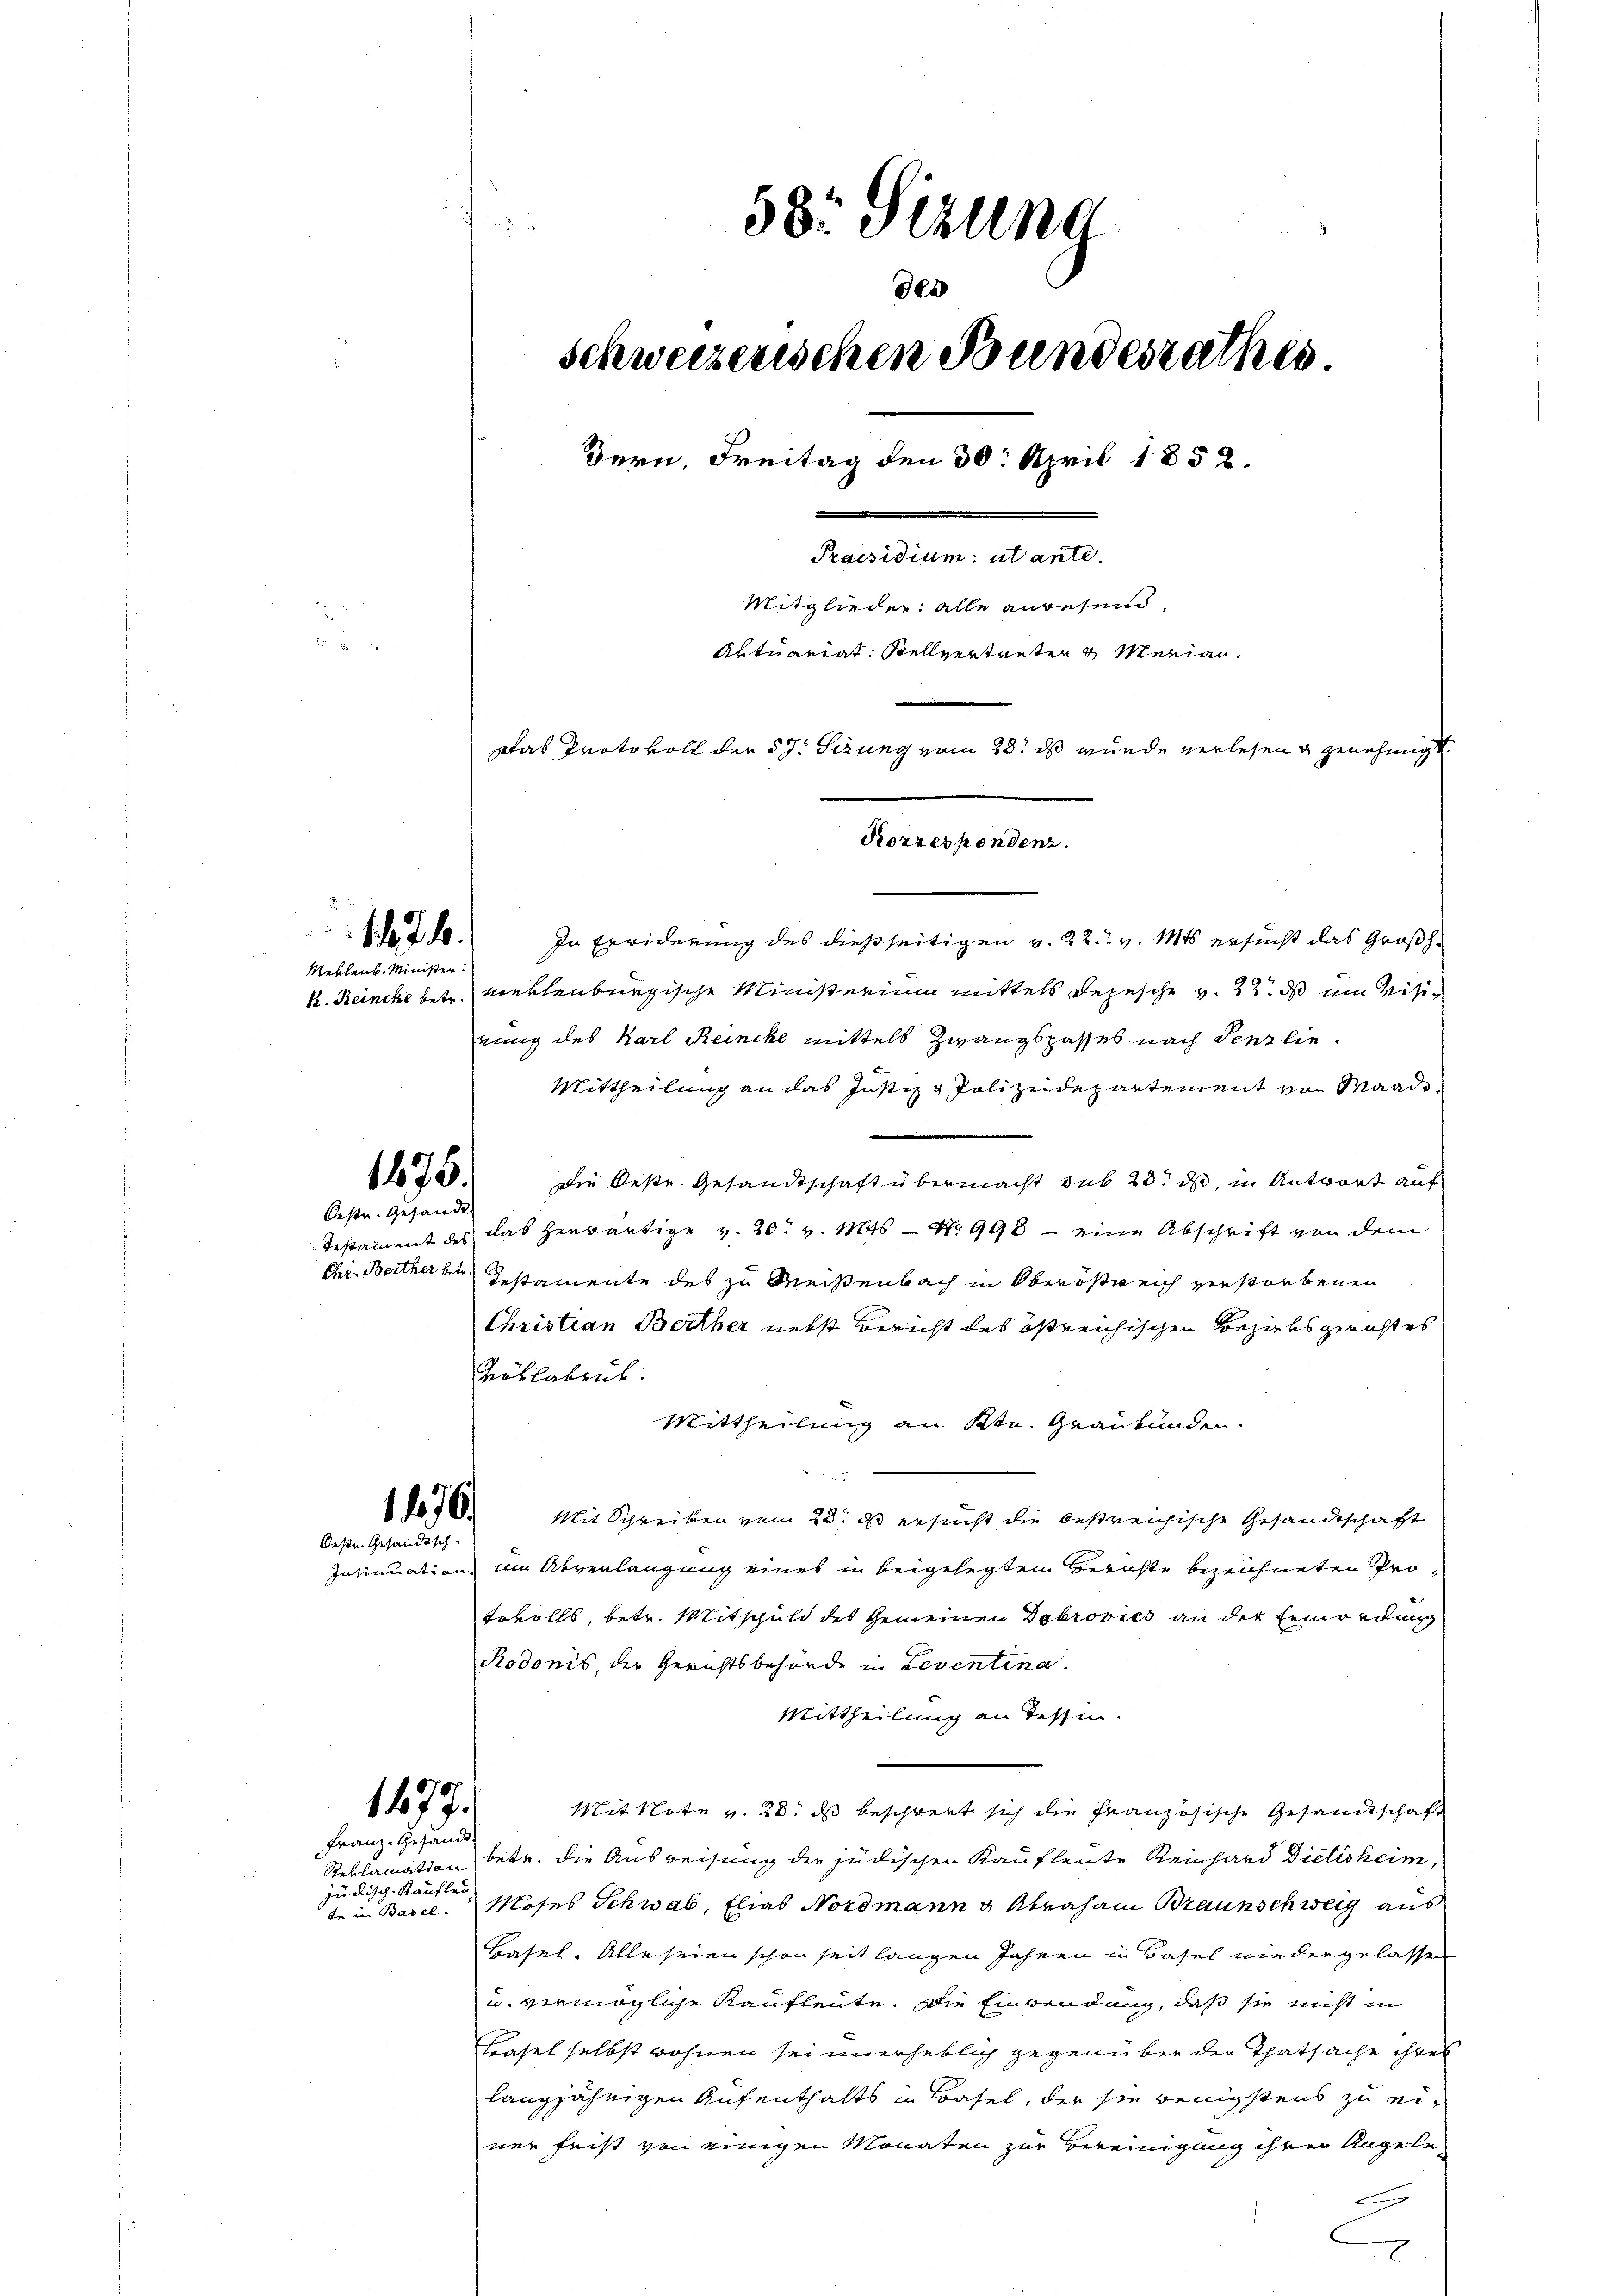
Meklenb. Minister

Oestr. Gesandt

1710.

1475.

Oestr. Gesandtsch

1477.

Frau Gesandt
e

Jur
58. Sizung
der
schweizerischen Bundesrathes.
Bern, Freitag den 30. April 1852.
Praesidium utante.
Mitglieder: alle anwesend,
Aktuariat. Stellvertreten & Marian¬
Das Protokoll der 57. Sizung vom 28. ds wurde verlesen genehmigt.
Korrespendenz.

In Erwiderung des dießseitigen v. 22. v. Mts. ersucht das Großh.
k. Reincke betr. verlenburgische Ministerium mittels Depesche v. 22. ds um Visirung des Karl Reincke mittels Zwangspasses nach Penzlie¬
Mittheilung an das Justiz & Polizeidepartement von Maado¬
Die Oestr. Gesandtschaft übermacht sub 20. ds, in Antwort auf
Testament des das herwärtige v. 20. v. Mts. S. 998 - eine Abschrift von dem
der Bertherber Gestamente des zu Meisenbach in Oberöstreich verstorbenen
Christian Beither nebst Bericht des östreichischen Bezirksgerichtes
Töblabrik.
Mittheilung an Ktn. Graubünden.
1078. Mit Schreiben vom 23. ds ersucht die bestreichische Gesandtschaft
Insinuation, um Abverlangung eines in beigelegtem Berichte bezeichneten Protevolls, betr. Mitschuld des Gemeinen Dobrovics an der Ermordung
Rodonis, der Gerichtsbehörde in Leventina.
Mittheilung an Tessin.
Mit Note v. 28. ds beschwert sich die Französische Gesandtschaft
Reklamation betr. die Ausweisung der jüdischen Kaufleute Reinhard Dietisheim,
te in Basel. Moses Schwab, Elias Nordmann & Abraham Braunschweig aus
Basel. Alle seien schon seit langen Jahren in Basel niedergelassen
u. vermögliche Kaufleute. Die Einwendung, daß sie nicht in
Basel selbst wohnen sei unerheblich gegenüber der Thatsache ihres
langjährigen Aufenthalts in Basel, der sie wenigstens zu einer frist von einigen Monaten zur Bereinigung ihren Angelee